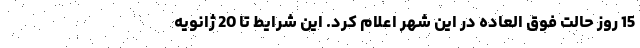
15 روز حالت فوق العاده در این شهر اعلام کرد. این شرایط تا 20 ژانویه